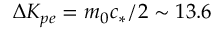
\Delta K _ { p e } = m _ { 0 } c _ { * } / 2 \sim 1 3 . 6